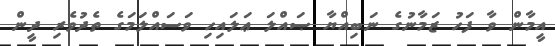
އީމާން ވާ ފަހު ޒަމާނުގެ ނަބިއްޔާ ޞައްލަ ޢަލައިހި ވަސައްލަމަގެ ތެދުވެރި ދީން